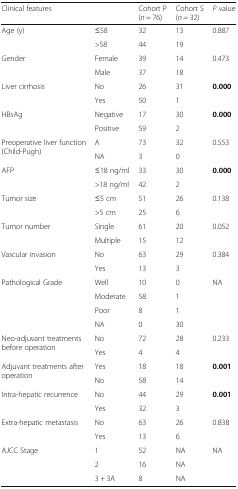
<table><thead><tr><td colspan="2"><b>Clinical features</b></td><td><b>Cohort P (<i>n</i> = 76)</b></td><td><b>Cohort S (<i>n</i> = 32)</b></td><td><b><i>P</i> value</b></td></tr></thead><tbody><tr><td rowspan="2">Age (y)</td><td>≤58</td><td>32</td><td>13</td><td>0.887</td></tr><tr><td>&gt;58</td><td>44</td><td>19</td><td></td></tr><tr><td rowspan="2">Gender</td><td>Female</td><td>39</td><td>14</td><td>0.473</td></tr><tr><td>Male</td><td>37</td><td>18</td><td></td></tr><tr><td rowspan="2">Liver cirrhosis</td><td>No</td><td>26</td><td>31</td><td><b>0.000</b></td></tr><tr><td>Yes</td><td>50</td><td>1</td><td></td></tr><tr><td rowspan="2">HBsAg</td><td>Negative</td><td>17</td><td>30</td><td><b>0.000</b></td></tr><tr><td>Positive</td><td>59</td><td>2</td><td></td></tr><tr><td rowspan="2">Preoperative liver function (Child-Pugh)</td><td>A</td><td>73</td><td>32</td><td>0.553</td></tr><tr><td>NA</td><td>3</td><td>0</td><td></td></tr><tr><td rowspan="2">AFP</td><td>≤18 ng/ml</td><td>33</td><td>30</td><td><b>0.000</b></td></tr><tr><td>&gt;18 ng/ml</td><td>42</td><td>2</td><td></td></tr><tr><td rowspan="2">Tumor size</td><td>≤5 cm</td><td>51</td><td>26</td><td>0.138</td></tr><tr><td>&gt;5 cm</td><td>25</td><td>6</td><td></td></tr><tr><td rowspan="2">Tumor number</td><td>Single</td><td>61</td><td>20</td><td>0.052</td></tr><tr><td>Multiple</td><td>15</td><td>12</td><td></td></tr><tr><td rowspan="2">Vascular invasion</td><td>No</td><td>63</td><td>29</td><td>0.384</td></tr><tr><td>Yes</td><td>13</td><td>3</td><td></td></tr><tr><td rowspan="4">Pathological Grade</td><td>Well</td><td>10</td><td>0</td><td>NA</td></tr><tr><td>Moderate</td><td>58</td><td>1</td><td></td></tr><tr><td>Poor</td><td>8</td><td>1</td><td></td></tr><tr><td>NA</td><td>0</td><td>30</td><td></td></tr><tr><td rowspan="2">Neo-adjuvant treatments before operation</td><td>No</td><td>72</td><td>28</td><td>0.233</td></tr><tr><td>Yes</td><td>4</td><td>4</td><td></td></tr><tr><td rowspan="2">Adjuvant treatments after operation</td><td>Yes</td><td>18</td><td>18</td><td><b>0.001</b></td></tr><tr><td>No</td><td>58</td><td>14</td><td></td></tr><tr><td rowspan="2">Intra-hepatic recurrence</td><td>No</td><td>44</td><td>29</td><td><b>0.001</b></td></tr><tr><td>Yes</td><td>32</td><td>3</td><td></td></tr><tr><td rowspan="2">Extra-hepatic metastasis</td><td>No</td><td>63</td><td>26</td><td>0.838</td></tr><tr><td>Yes</td><td>13</td><td>6</td><td></td></tr><tr><td rowspan="3">AJCC Stage</td><td>1</td><td>52</td><td>NA</td><td>NA</td></tr><tr><td>2</td><td>16</td><td>NA</td><td></td></tr><tr><td>3 + 3A</td><td>8</td><td>NA</td><td></td></tr></tbody></table>